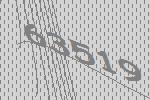
63519